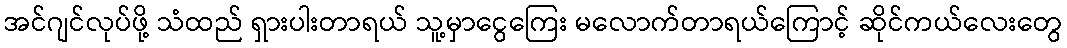
အင်ဂျင်လုပ်ဖို့ သံထည် ရှားပါးတာရယ် သူ့မှာငွေကြေး မလောက်တာရယ်ကြောင့် ဆိုင်ကယ်လေးတွေ